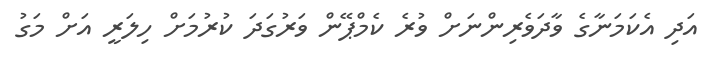
އަދި އެކަމަނާގެ ވާދަވެރިންނަށް ވުރެ ކެމްޕޭން ވަރުގަދަ ކުރުމަށް ހިލަރީ އަށް މަގު